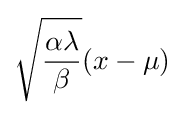
{\sqrt {\frac {\alpha \lambda }{\beta }}}(x-\mu )